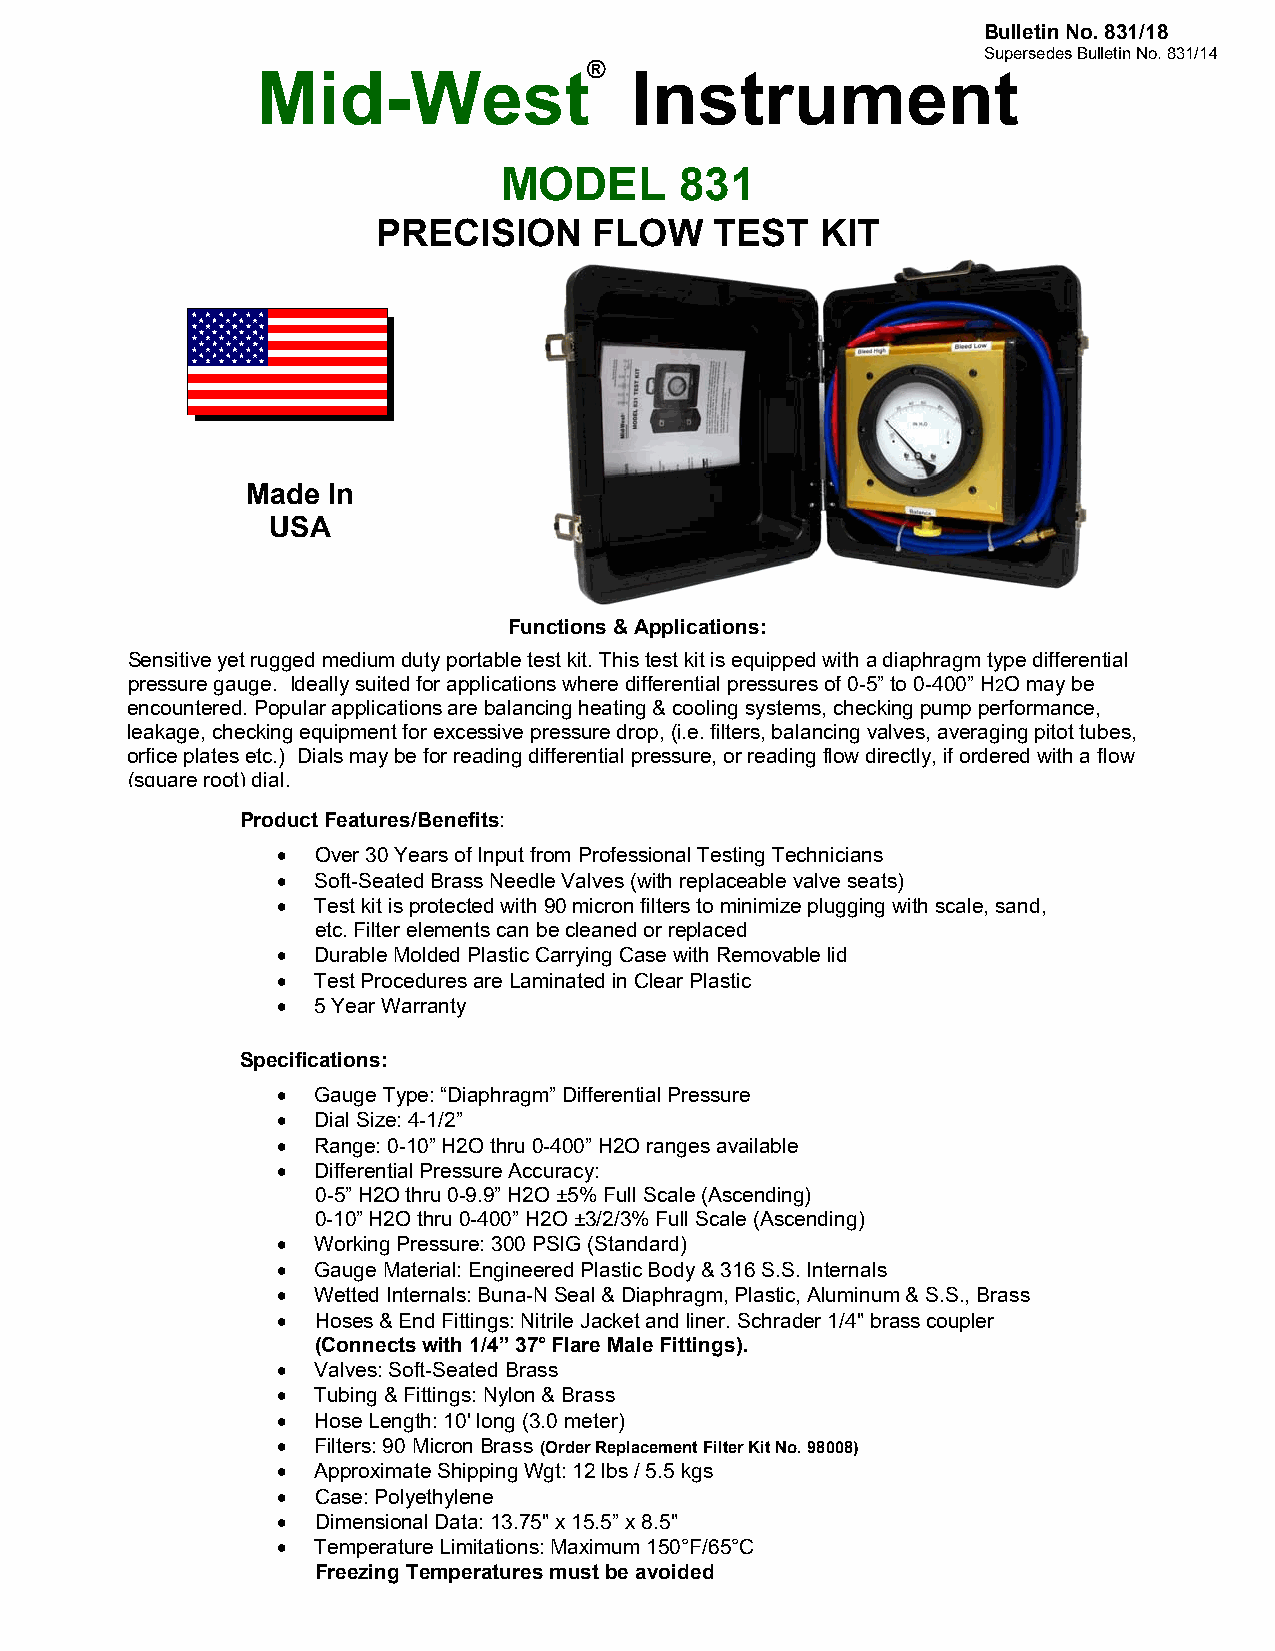
Bulletin No. 831/18
 Supersedes Bulletin No. 831/14
 ®
 Mid-West                 Instrument
 MODEL       831
 PRECISION     FLOW    TEST   KIT
 Made  In
 USA
 Functions & Applications:
 Sensitive yet rugged medium duty portable test kit. This test kit is equipped with a diaphragm type differential
 pressu re gauge. Ideally suited for applications where differential pressures of 0-5” to 0-400” H2O may be
 encoun tered. Popular applications are balancing heating & cooling systems, checking pump performance,
 leakag e, checking equipment for excessive pressure drop, (i.e. filters, balancing valves, averaging pitot tubes,
 orfice plates etc.) Dials may be for reading differential pressure, or reading flow directly, if ordered with a flow
 (squareroot)dial.
 Product Features/Benefits:
   Over 30 Years of Input from Professional Testing Technicians
   Soft-Seated Brass Needle Valves (with replaceable valve seats)
   Test kit is protected with 90 micron filters to minimize plugging with scale, sand,
 etc. Filter elements can be cleaned or replaced
   Durable Molded Plastic Carrying Case with Removable lid
   Test Procedures are Laminated in Clear Plastic
   5 Year Warranty
 Specifications:
   Gauge Type: “Diaphragm” Differential Pressure
   Dial Size: 4-1/2”
   Range: 0-10” H2O thru 0-400” H2O ranges available
   Differential Pressure Accuracy:
 0-5” H2O thru 0-9.9” H2O ±5% Full Scale (Ascending)
 0-10” H2O thru 0-400” H2O ±3/2/3% Full Scale (Ascending)
   Working Pressure: 300 PSIG (Standard)
   Gauge Material: Engineered Plastic Body & 316 S.S. Internals
   Wetted Internals: Buna-N Seal & Diaphragm, Plastic, Aluminum & S.S., Brass
   Hoses & End Fittings: Nitrile Jacket and liner. Schrader 1/4" brass coupler
 (Connects with 1/4” 37° Flare Male Fittings).
   Valves: Soft-Seated Brass
   Tubing & Fittings: Nylon & Brass
   Hose Length: 10' long (3.0 meter)
   Filters: 90 Micron Brass (Order Replacement Filter Kit No. 98008)
   Approximate Shipping Wgt: 12 lbs / 5.5 kgs
   Case: Polyethylene
   Dimensional Data: 13.75" x 15.5” x 8.5"
   Temperature Limitations: Maximum 150°F/65°C
 Freezing Temperatures must be avoided